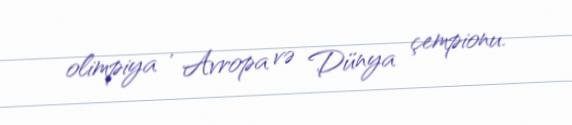
olimpiya , Avropa və Dünya çempionu.